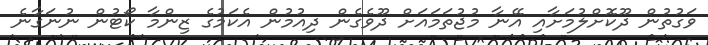
ވަގުތުން ދޫކޮށްލުމަށާއި އޭނާ މުޖުތަމައަށް ދޫވެގެން ދިއުމުން އެކަމުގެ ޒިންމާ ކޯޓުން ނުނަގާނެ